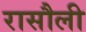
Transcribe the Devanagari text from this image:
रासौली